Annual vaccination report of Bihar and Orissa - 1911-1928
Year: 1911
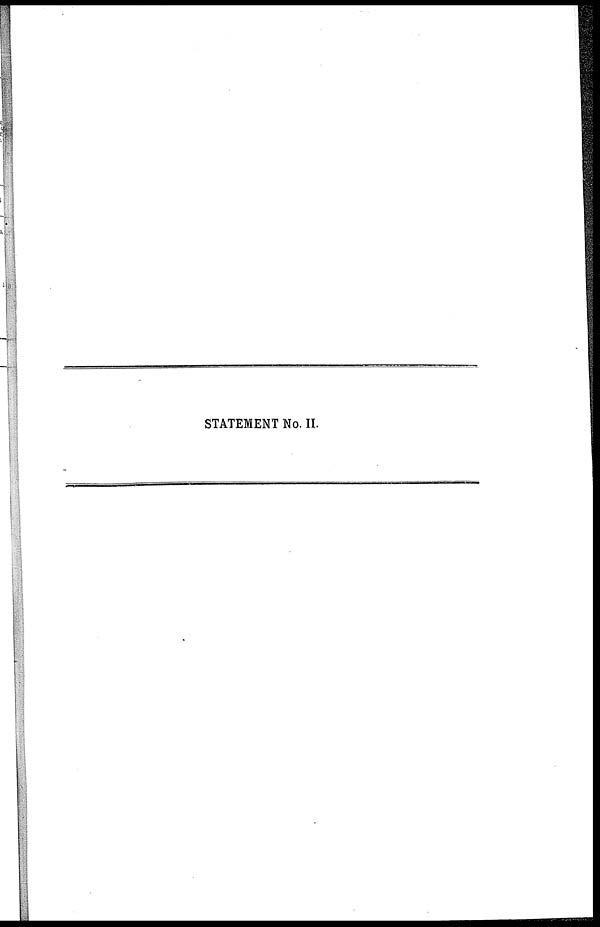
STATEMENT No. II.